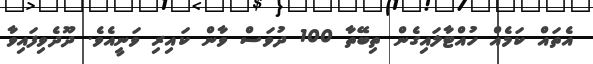
އެތައް ކަމެއް ހުއްޓާލައިގެން ތިބޭތާ 100 ދުވަސް ވާން ކައިރި ވަނީއެވެ. ދޫދެވިފައިވާ